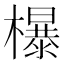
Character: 𣞺